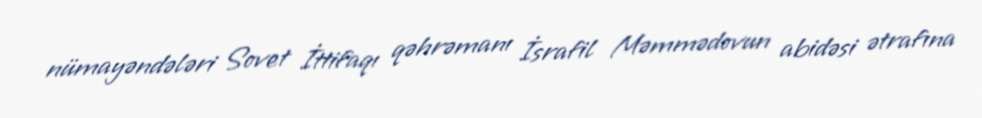
nümayəndələri Sovet İttifaqı qəhrəmanı İsrafil Məmmədovun abidəsi ətrafına